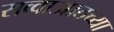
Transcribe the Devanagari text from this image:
सव्वाआठच्या